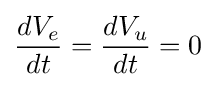
{\frac {dV_{e}}{dt}}={\frac {dV_{u}}{dt}}=0